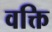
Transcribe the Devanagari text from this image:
वक्ति